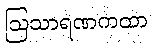
ဩသာရဏကထာ